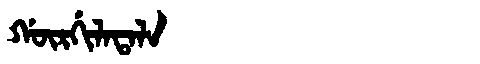
Manchu: ᡤᡡᡵᡤᡳᠯᠠᡨᠠᠯᠠ
Romanization: GŪRGILATALA